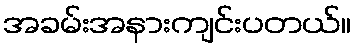
အခမ်းအနားကျင်းပတယ်။